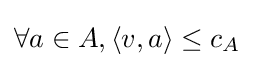
\forall a\in A,\langle v,a\rangle \leq c_{A}